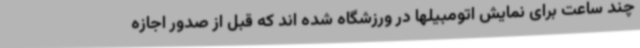
چند ساعت برای نمایش اتومبیلها در ورزشگاه شده اند که قبل از صدور اجازه